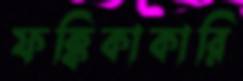
ফক্কিকাকারি